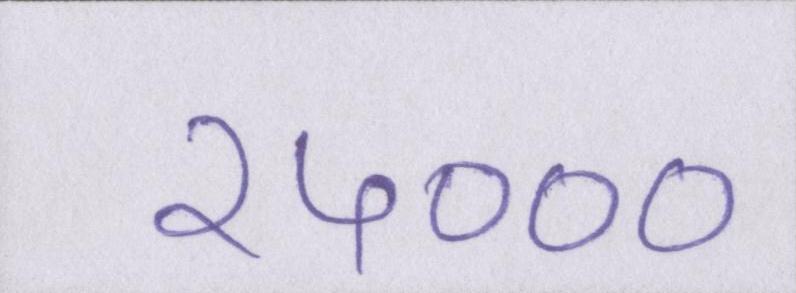
२५०००